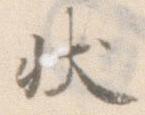
状